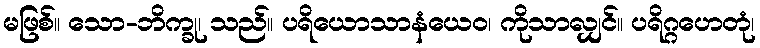
မဖြစ်။ သော-ဘိက္ခု၊ သည်။ ပရိယောသာနံယေဝ၊ ကိုသာလျှင်။ ပရိဂ္ဂဟေတုံ၊